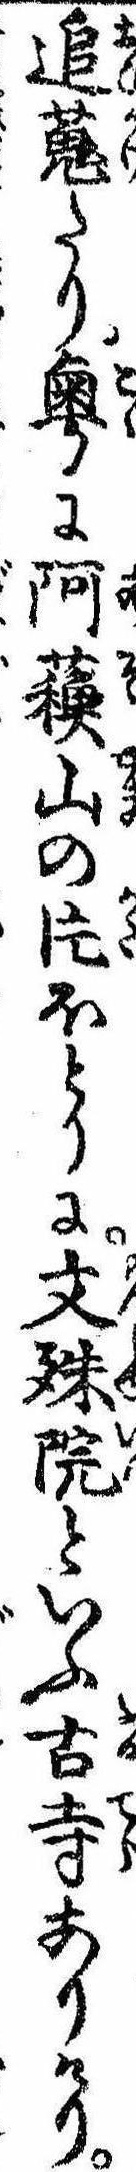
追蒐たり粤に阿蘇山の片ほとりに文殊院といふ古寺ありけり